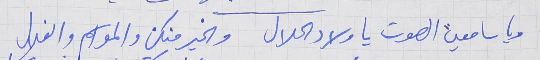
ويا سامعين الصوت يا ولاد الحلال     والخير منكن والمواسم والغلال